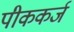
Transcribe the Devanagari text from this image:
पीककर्ज